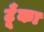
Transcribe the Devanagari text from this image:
टूँका